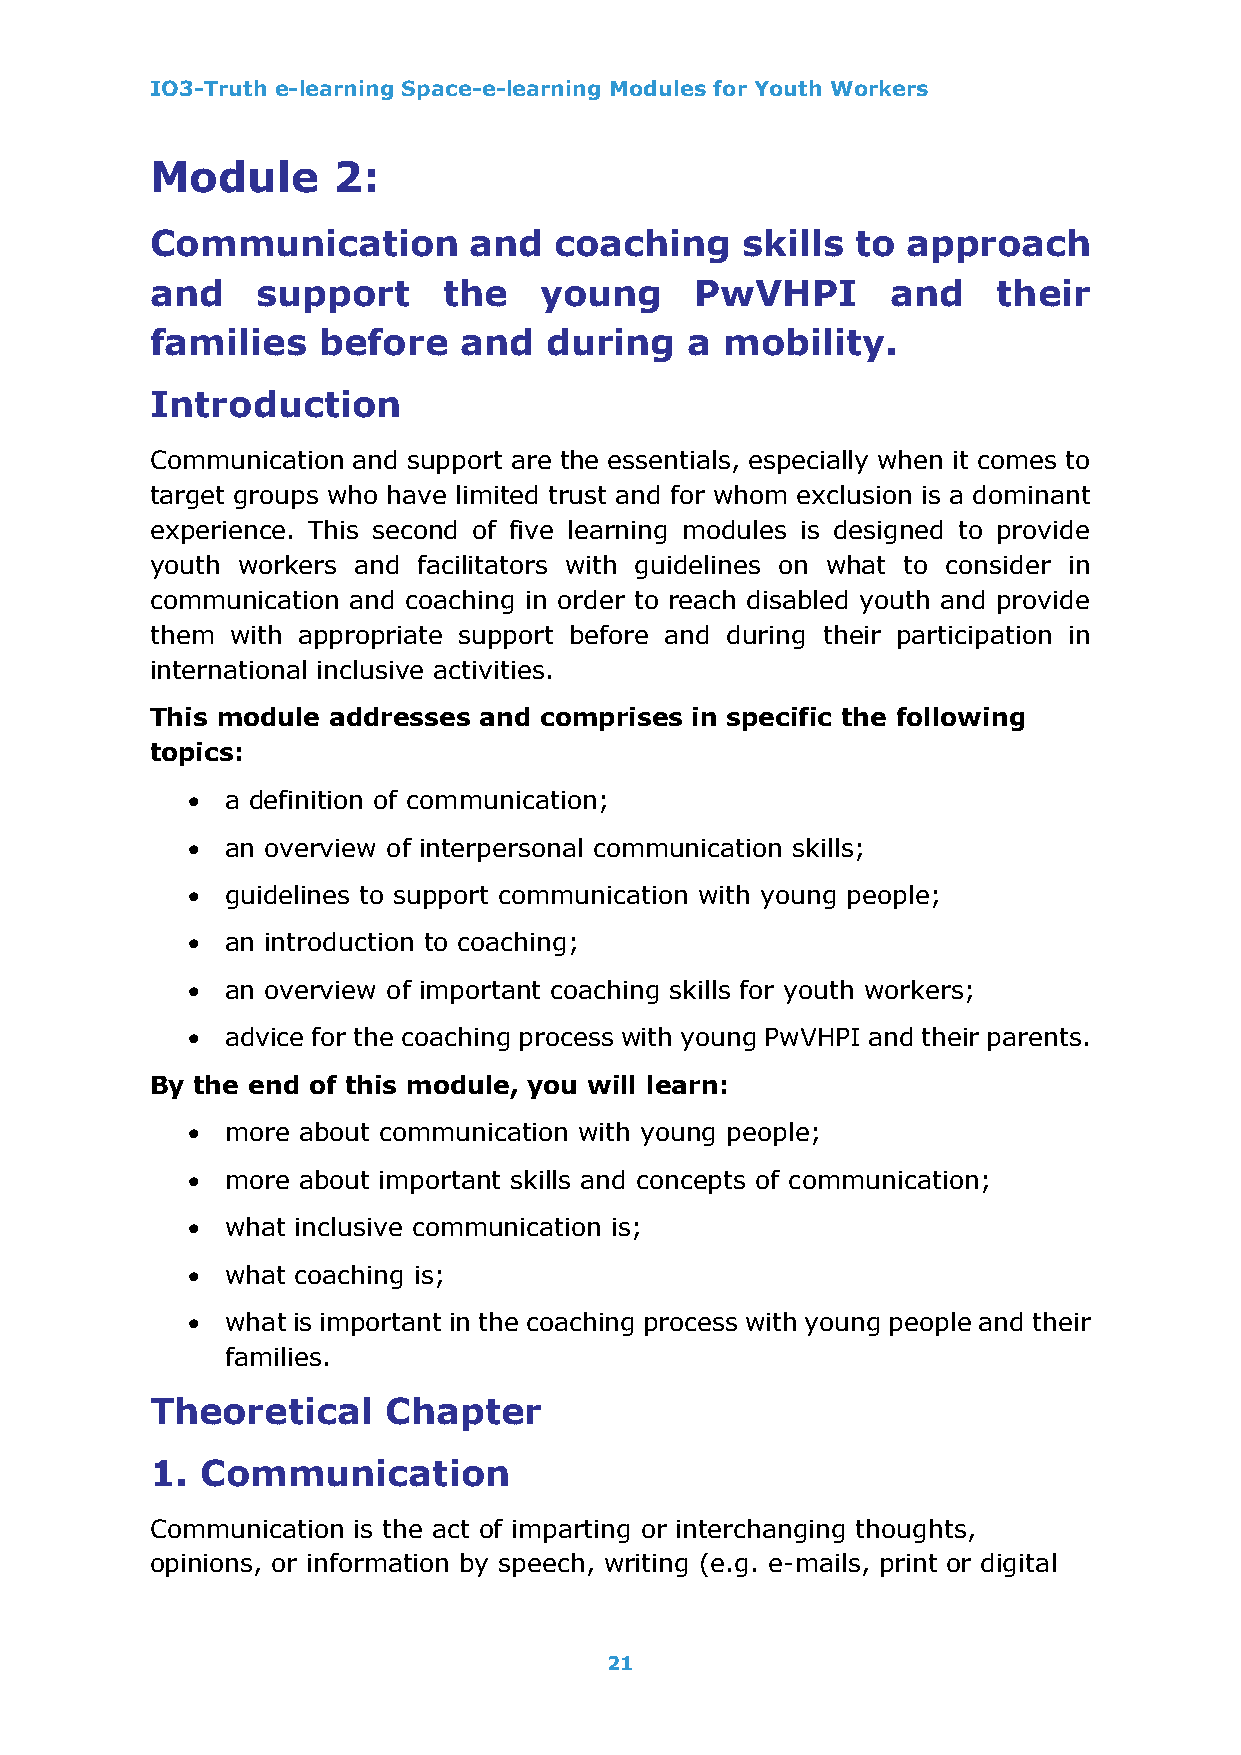
IO3-Truth e-learning Space-e-learning Modules for Youth Workers
 Module      2:
 Communication        and   coaching    skills  to approach
 and    support     the    young     PwVHPI       and    their
 families   before   and   during   a  mobility.
 Introduction
 Communication and support are the essentials, especially when it comes to
 target groups who have limited trust and for whom exclusion is a dominant
 experience. This second of five learning modules is designed to provide
 youth workers and facilitators with guidelines on what to consider in
 communication and coaching in order to reach disabled youth and provide
 them with appropriate support before and during their participation in
 international inclusive activities.
 This module addresses and comprises in specific the following
 topics:
 •  a definition of communication;
 •  an overview of interpersonal communication skills;
 •  guidelines to support communication with young people;
 •  an introduction to coaching;
 •  an overview of important coaching skills for youth workers;
 •  advice for the coaching process with young PwVHPI and their parents.
 By the end of this module, you will learn:
 •  more about communication with young people;
 •  more about important skills and concepts of communication;
 •  what inclusive communication is;
 •  what coaching is;
 •  what is important in the coaching process with young people and their
 families.
 Theoretical     Chapter
 1. Communication
 Communication is the act of imparting or interchanging thoughts,
 opinions, or information by speech, writing (e.g. e-mails, print or digital
 21